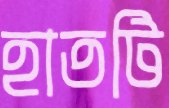
হাতটি